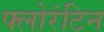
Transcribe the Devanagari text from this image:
फ्लोरंटिन